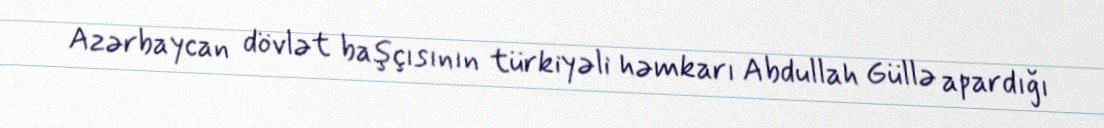
Azərbaycan dövlət başçısının türkiyəli həmkarı Abdullah Güllə apardığı